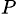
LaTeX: _P